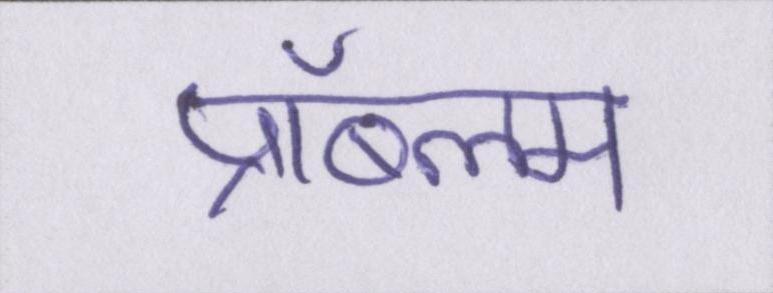
प्रॉब्लम